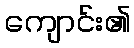
ကျောင်း၏